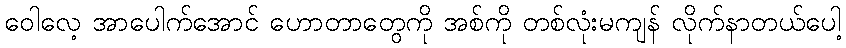
ဝေါလေ့ အာပေါက်အောင် ဟောတာတွေကို အစ်ကို တစ်လုံးမကျန် လိုက်နာတယ်ပေါ့